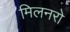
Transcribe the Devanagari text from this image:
मिलनरो